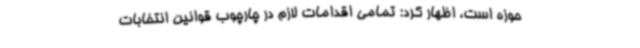
حوزه است، اظهار کرد: تمامی اقدامات لازم در چارچوب قوانین انتخابات